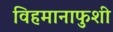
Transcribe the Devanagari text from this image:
विहमानाफुशी